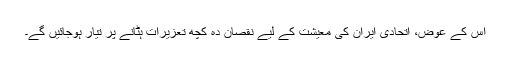
اِس کے عوض، اتحادی ایران کی معیشت کے لیے نقصان دہ کچھ تعزیرات ہٹانے پر تیار ہوجائیں گے۔